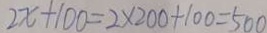
2 x + 1 0 0 = 2 \times 2 0 0 + 1 0 0 = 5 0 0